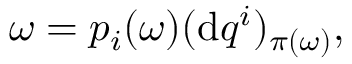
\begin{array} { r } { \omega = { p } _ { i } ( \omega ) ( \mathrm { d } q ^ { i } ) _ { { \pi } ( \omega ) } , } \end{array}